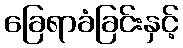
ခြေရာခံခြင်းနှင့်